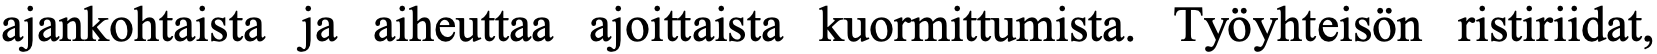
ajankohtaista ja aiheuttaa ajoittaista kuormittumista. Työyhteisön ristiriidat,